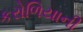
કરોળિયાની